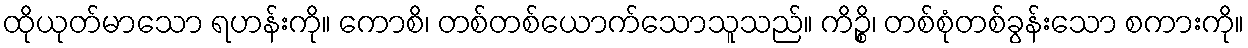
ထိုယုတ်မာသော ရဟန်းကို။ ကောစိ၊ တစ်တစ်ယောက်သောသူသည်။ ကိဉ္စိ၊ တစ်စုံတစ်ခွန်းသော စကားကို။